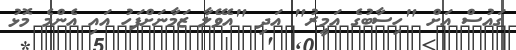
ގައުސް އަށް "ހިސާބުގެ އަމީރު" އަދި "އެވޭލާ ޒަމާނަށްފަހު އައި އެންމެ މޮޅު